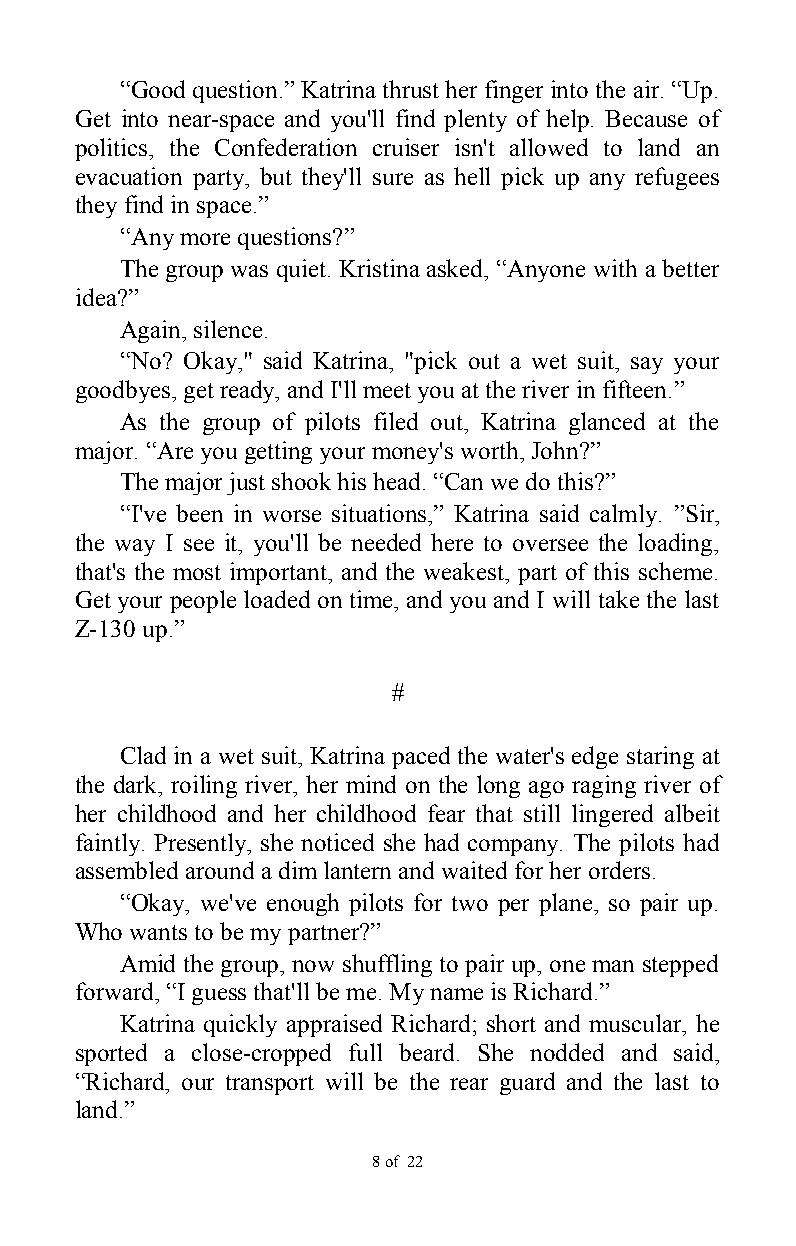
“Good question.” Katrina thrust her finger into the air. “Up.
 Get into near-space and you'll find plenty of help. Because of
 politics, the Confederation cruiser isn't allowed to land an
 evacuation party, but they'll sure as hell pick up any refugees
 they find in space.”
 “Any more questions?”
 The group was quiet. Kristina asked, “Anyone with a better
 idea?”
 Again, silence.
 “No? Okay," said Katrina, "pick out a wet suit, say your
 goodbyes, get ready, and I'll meet you at the river in fifteen.”
 As the group of pilots filed out, Katrina glanced at the
 major. “Are you getting your money's worth, John?”
 The major just shook his head. “Can we do this?”
 “I've been in worse situations,” Katrina said calmly. ”Sir,
 the way I see it, you'll be needed here to oversee the loading,
 that's the most important, and the weakest, part of this scheme.
 Get your people loaded on time, and you and I will take the last
 Z-130 up.”
 #
 Clad in a wet suit, Katrina paced the water's edge staring at
 the dark, roiling river, her mind on the long ago raging river of
 her childhood and her childhood fear that still lingered albeit
 faintly. Presently, she noticed she had company. The pilots had
 assembled around a dim lantern and waited for her orders.
 “Okay, we've enough pilots for two per plane, so pair up.
 Who wants to be my partner?”
 Amid the group, now shuffling to pair up, one man stepped
 forward, “I guess that'll be me. My name is Richard.”
 Katrina quickly appraised Richard; short and muscular, he
 sported a close-cropped full beard. She nodded and said,
 “Richard, our transport will be the rear guard and the last to
 land.”
 8 of 22